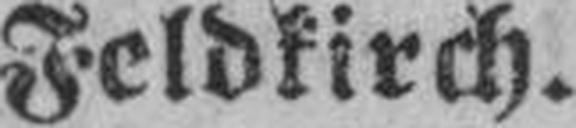
Feldkirch.